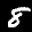
Label: 8